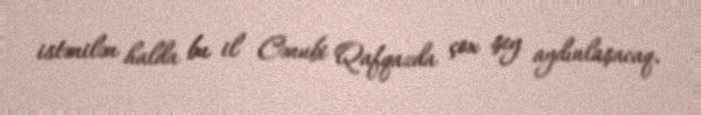
istənilən halda bu il Cənubi Qafqazda çox şey aydınlaşacaq.